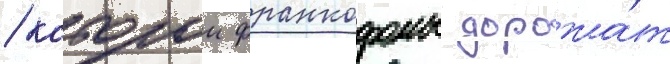
/ которои франкофоны дорожа́т